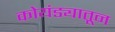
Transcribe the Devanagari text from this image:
कोयंड्यातून